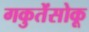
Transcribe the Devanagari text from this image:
गकुतेंसोकू